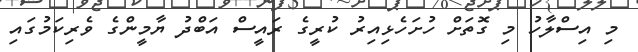
މި އިސްލާހު މި ގޮތަށް ހުށަހެޅިއިރު ކުރީގެ ރައީސް އަބްދު ޔާމީންގެ ވެރިކަމުގައި